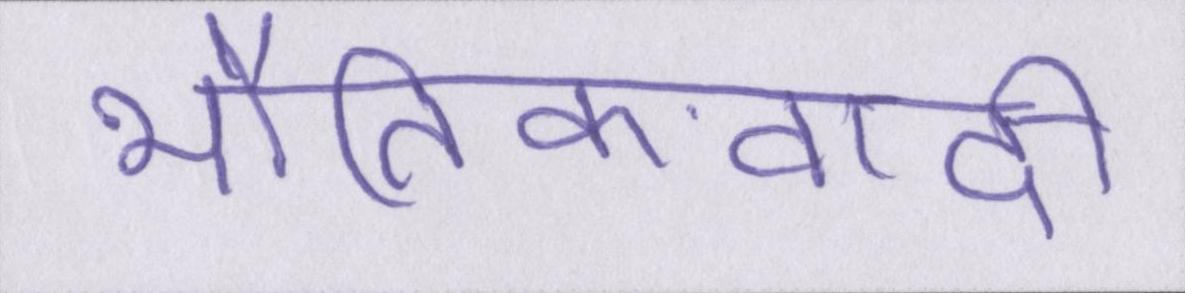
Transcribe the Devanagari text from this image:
भौतिकवादी